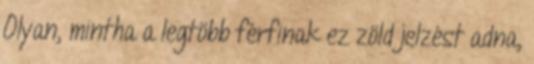
Olyan, mintha a legtöbb férfinak ez zöld jelzést adna,